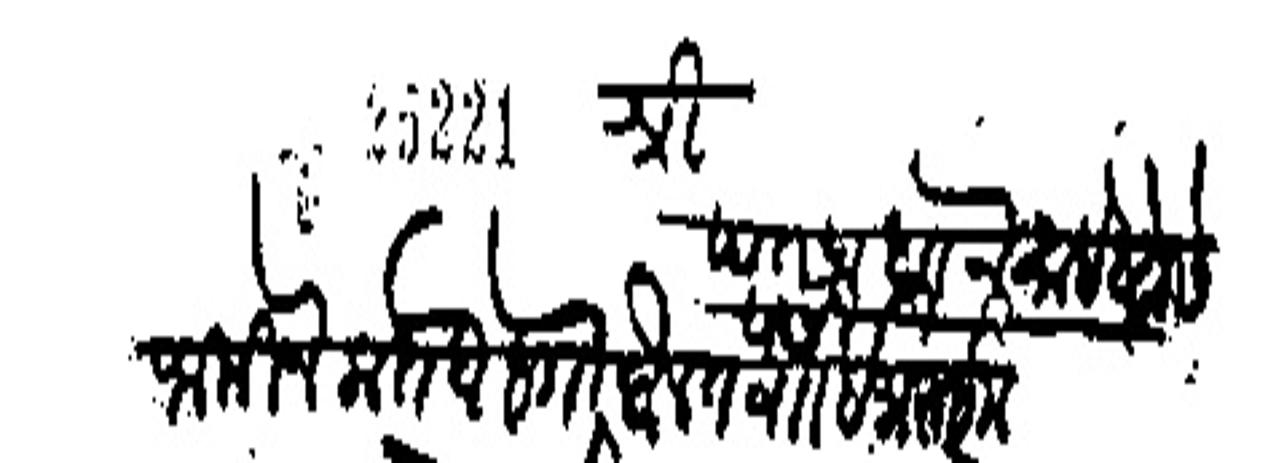
Transliteration (Devanagari): श्री पंतप्रधान साहेबाचे सेवसी जामिन कतबा बा दौलत वा इभ्राईम